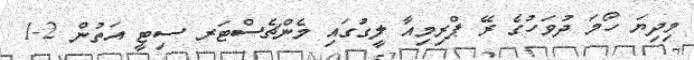
މިދިޔަ ހޯމަ ދުވަހުގެ ރޭ ޕްރިމިއާ ލީގުގައި މެންޗެސްޓަރ ސިޓީ އަތުން 2-1